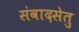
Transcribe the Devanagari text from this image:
संवादसेतु